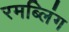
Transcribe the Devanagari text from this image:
रमब्लिंग